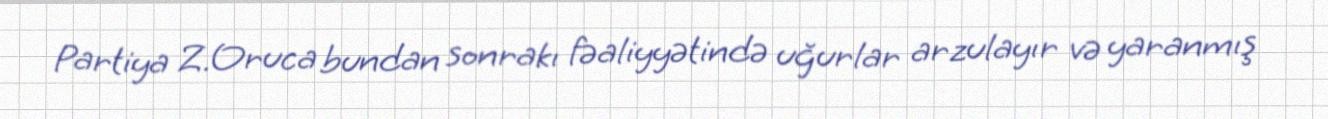
Partiya Z.Oruca bundan sonrakı fəaliyyətində uğurlar arzulayır və yaranmış